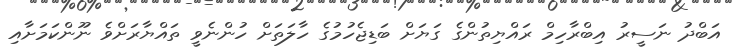
އަބްދު ނަސީރު އިބްރާހިމް ރައްޔިތުންގެ ގަޔަށް ބަޑިޖެހުމުގެ ހާލަތަށް ހުންނެވީ ތައްޔާރަށްވެ ނޫންކަމަށާއި